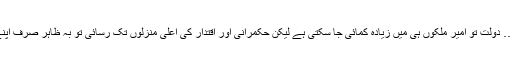
ایک اور بات ذہن میں آئی… دولت تو امیر ملکوں ہی میں زیادہ کمائی جا سکتی ہے لیکن حکمرانی اور اقتدار کی اعلیٰ منزلوں تک رسائی تو بہ ظاہر صرف اپنے ہی ملک میں ممکن ہے۔